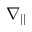
\nabla _ { \parallel }